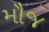
મૌજ